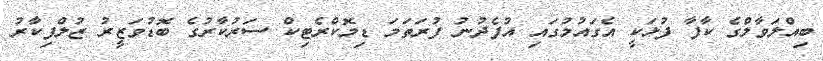
ބިއްލަވާލްގެ ކާފާ ފުޅަކީ އެގައުމުގައި އުފެދުނު ފުރަތަމަ ޑިމޮކްރެޓިކް ސަރުކާރުގެ ބޮޑުވަޒީރު ޒުލްފިކާރު